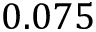
0 . 0 7 5